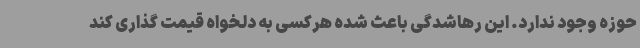
حوزه وجود ندارد. این رهاشدگی باعث شده هرکسی به دلخواه قیمت گذاری کند